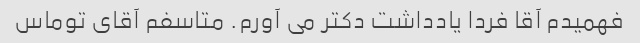
فهمیدم آقا فردا یادداشت دکتر می آورم. متاسفم آقای توماس